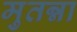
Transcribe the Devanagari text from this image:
मुतन्ना